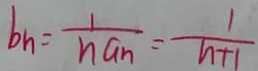
b _ { n } = \frac { 1 } { n a _ { n } } = \frac { 1 } { n + 1 }